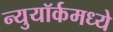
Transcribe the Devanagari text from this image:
न्युयॉर्कमध्ये